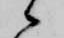
候